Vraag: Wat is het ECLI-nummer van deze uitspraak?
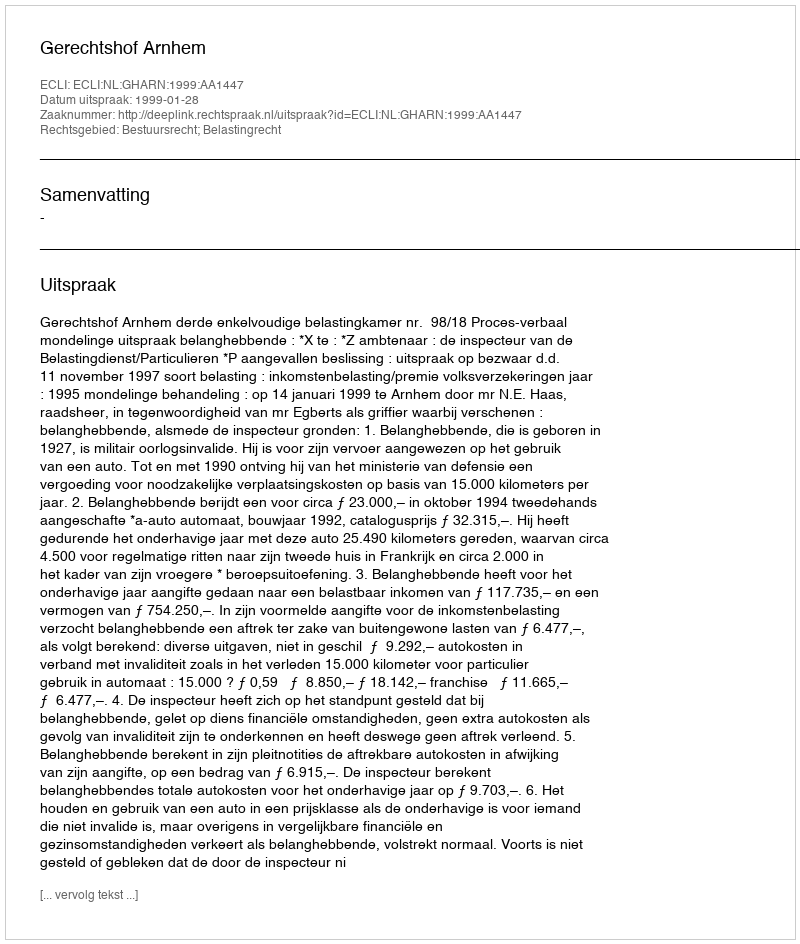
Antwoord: ECLI:NL:GHARN:1999:AA1447